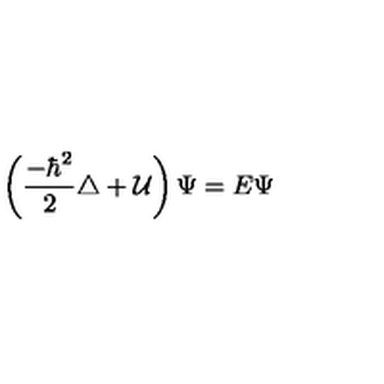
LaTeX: \left( { \frac { - \hbar ^ { 2 } } { 2 } } \triangle + { \cal U } \right) \Psi = E \Psi